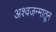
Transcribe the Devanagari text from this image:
अश्वजन्मातून